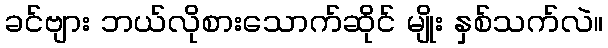
ခင်ဗျား ဘယ်လိုစားသောက်ဆိုင် မျိုး နှစ်သက်လဲ။